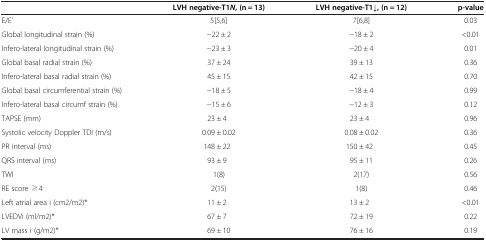
<table><thead><tr><td></td><td><b>LVH negative-T1<i>N</i>, (n = 13)</b></td><td><b>LVH negative-T1↓, (n = 12)</b></td><td><b>p-value</b></td></tr></thead><tbody><tr><td>E/E’</td><td>5[5,6]</td><td>7[6,8]</td><td>0.03</td></tr><tr><td>Global longitudinal strain (%)</td><td>−22 ± 2</td><td>−18 ± 2</td><td>&lt;0.01</td></tr><tr><td>Infero-lateral longitudinal strain (%)</td><td>−23 ± 3</td><td>−20 ± 4</td><td>0.01</td></tr><tr><td>Global basal radial strain (%)</td><td>37 ± 24</td><td>39 ± 13</td><td>0.36</td></tr><tr><td>Infero-lateral basal radial strain (%)</td><td>45 ± 15</td><td>42 ± 15</td><td>0.70</td></tr><tr><td>Global basal circumferential strain (%)</td><td>−18 ± 5</td><td>−18 ± 4</td><td>0.99</td></tr><tr><td>Infero-lateral basal circumf strain (%)</td><td>−15 ± 6</td><td>−12 ± 3</td><td>0.12</td></tr><tr><td>TAPSE (mm)</td><td>23 ± 4</td><td>23 ± 4</td><td>0.96</td></tr><tr><td>Systolic velocity Doppler TDI (m/s)</td><td>0.09 ± 0.02</td><td>0.08 ± 0.02</td><td>0.36</td></tr><tr><td>PR interval (ms)</td><td>148 ± 22</td><td>150 ± 42</td><td>0.45</td></tr><tr><td>QRS interval (ms)</td><td>93 ± 9</td><td>95 ± 11</td><td>0.26</td></tr><tr><td>TWI</td><td>1(8)</td><td>2(17)</td><td>0.56</td></tr><tr><td>RE score ≥4</td><td>2(15)</td><td>1(8)</td><td>0.46</td></tr><tr><td>Left atrial area i (cm2/m2)*</td><td>11 ± 2</td><td>13 ± 2</td><td>&lt;0.01</td></tr><tr><td>LVEDVi (ml/m2)*</td><td>67 ± 7</td><td>72 ± 19</td><td>0.22</td></tr><tr><td>LV mass i (g/m2)*</td><td>69 ± 10</td><td>76 ± 16</td><td>0.19</td></tr></tbody></table>